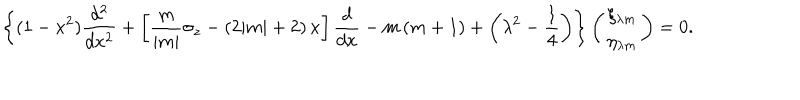
LaTeX: \left\{ ( 1 - x ^ { 2 } ) \frac { d ^ { 2 } } { d x ^ { 2 } } + \left[ \frac m { | m | } \sigma _ { z } - ( 2 | m | + 2 ) \, x \right] \frac d { d x } - m \, ( m + 1 ) + \left( \lambda ^ { 2 } - \frac 1 4 \right) \right\} \left( \begin{array} { c } { { \xi _ { \lambda m } } } \\ { { \eta _ { \lambda m } } } \\ \end{array} \right) = 0 .